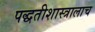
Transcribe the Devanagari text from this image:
पद्धतीशास्त्रालाच